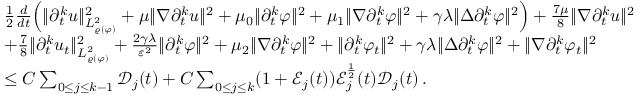
\begin{array} { r l } & { \frac { 1 } { 2 } \frac { d } { d t } \Big ( \| \partial _ { t } ^ { k } u \| _ { L _ { \varrho ( \varphi ) } ^ { 2 } } ^ { 2 } + \mu \| \nabla \partial _ { t } ^ { k } u \| ^ { 2 } + \mu _ { 0 } \| \partial _ { t } ^ { k } \varphi \| ^ { 2 } + \mu _ { 1 } \| \nabla \partial _ { t } ^ { k } \varphi \| ^ { 2 } + \gamma \lambda \| \Delta \partial _ { t } ^ { k } \varphi \| ^ { 2 } \Big ) + \frac { 7 \mu } { 8 } \| \nabla \partial _ { t } ^ { k } u \| ^ { 2 } } \\ & { + \frac { 7 } { 8 } \| \partial _ { t } ^ { k } u _ { t } \| _ { L _ { \varrho ( \varphi ) } ^ { 2 } } ^ { 2 } + \frac { 2 \gamma \lambda } { \varepsilon ^ { 2 } } \| \partial _ { t } ^ { k } \varphi \| ^ { 2 } + \mu _ { 2 } \| \nabla \partial _ { t } ^ { k } \varphi \| ^ { 2 } + \| \partial _ { t } ^ { k } \varphi _ { t } \| ^ { 2 } + \gamma \lambda \| \Delta \partial _ { t } ^ { k } \varphi \| ^ { 2 } + \| \nabla \partial _ { t } ^ { k } \varphi _ { t } \| ^ { 2 } } \\ & { \leq C \sum _ { 0 \leq j \leq k - 1 } \mathcal { D } _ { j } ( t ) + C \sum _ { 0 \leq j \leq k } ( 1 + \mathcal { E } _ { j } ( t ) ) \mathcal { E } _ { j } ^ { \frac { 1 } { 2 } } ( t ) \mathcal { D } _ { j } ( t ) \, . } \end{array}